Vaccination in Bombay 1902-1912 - 1902-1912
Year: 1902
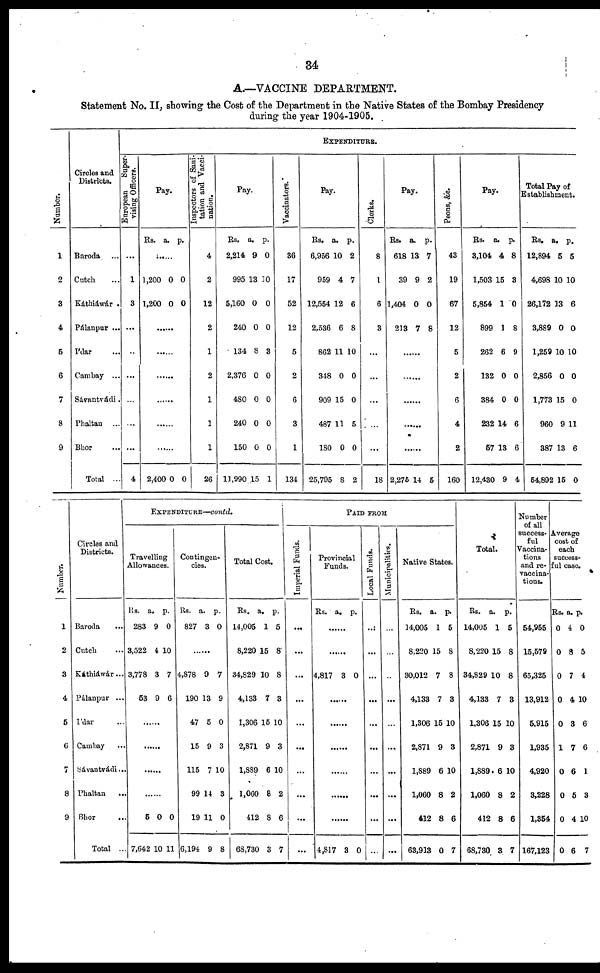
34
A.—VACCINE DEPARTMENT.
Statement No. II, showing the Cost of the Department in the Native States of the Bombay Presidency
during the year 1904-1905.
Number.
1
2
3
4
5
6
7
8
9
Circles and
Districts.
Baroda ...
Cutch ...
Káthiáwar .
Pálanpur ...
Ídar ...
Cambay ...
Sávantrádi.
Phaltan ...
Bhor ...
Total ...
EXPENDITURE.
European
Super-
vising Officers.
...
1
3
...
...
...
...
...
...
4
Pay.
Rs. a. p.
1,200
1,200
0
0
0
0
......
......
......
......
......
......
2,400 0
0
Inspectors of Sani-
tation and Vacci-
nation.
4
2
12
2
1
2
1
1
1
26
Pay.
Rs.
2,214
995
5,160
240
134
2,376
480
240
150
11,990
a.
9
13
0
0
8
0
0
0
0
15
p.
0
10
0
0
3
0
0
0
0
1
Vaccinators.
36
17
52
12
5
2
6
3
1
134
Pay.
Rs.
6,956
959
12,554
2,536
862
348
909
487
180
25,795
a.
10
4
12
6
11
0
15
11
0
8
p.
2
7
6
8
10
0
0
5
0
2
Clerks.
8
1
6
3
...
...
...
...
...
18
Pay.
Rs.
618
39
1,404
213
a.
13
9
0
7
p.
7
2
0
8
......
......
......
......
......
2,275 14 5
Peons, &c.
43
19
67
12
5
2
6
4
2
160
Pay.
Rs.
3,104
1,503
5,854
899
262
132
384
232
57
12,430
a.
4
15
1
1
6
0
0
14
13
9
p.
8
3
0
8
9
0
0
6
6
4
Total Pay of
Establishment.
Rs.
12,894
4,698
26,172
3,889
1,259
2,856
1,773
960
387
54,892
a.
5
10
13
0
10
0
15
9
13
15
p.
5
10
6
0
10
0
0
11
6
0
Number.
1
2
3
4
5
6
7
8
9
Circles and
Districts.
Baroda ...
Cutch ...
Káthiáwár ...
Pálanpur ...
Ídar ...
Cambay ...
Sávantvádi ...
Phaltan
...
Bhor ...
Total ..
EXPENDITURE—contd.
Travelling
Allowances.
Rs.
283
3,522
3,778
53
a.
9
4
3
9
p.
0
10
7
6
......
......
......
......
5
7,642
0
10
0
11
Contingen-
cies.
Rs.
827
a.
3
p.
0
......
4,878
190
47
15
115
99
19
6,194
9
13
5
9
7
14
11
9
7
9
0
3
10
3
0
8
Total Cost.
Rs.
14,005
8,220
34,829
4,133
1,306
2,871
1,889
1,060
412
68,730
a.
1
15
10
7
15
9
6
8
8
3
p.
5
8
8
3
10
3
10
2
6
7
PAID FROM
Imperial Funds.
...
...
...
...
...
...
...
...
...
...
Provincial
Funds.
Rs. a. p.
......
......
4,817 3 0
......
......
......
......
......
......
4,817 3 0
Local Funds.
...
...
...
...
...
...
...
...
...
...
Municipalities.
...
...
...
...
...
...
...
...
...
...
Native States.
Rs.
14,005
8,220
30,012
4,133
1,306
2,871
1,889
1,060
412
63,913
a.
1
15
7
7
15
9
6
8
8
0
p.
5
8
8
3
10
3
10
2
6
7
Total.
Rs.
14,005
8,220
34,829
4,133
1,306
2,871
1,889
1,060
412
68,730
a.
1
15
10
7
15
9
6
8
8
3
p.
5
8
8
3
10
3
10
2
6
7
Number
of all
success-
ful
Vaccina-
tions
and re-
vaccina-
tions.
54,955
15,579
65,325
13,912
5,915
1,935
4,920
3,228
1,354
167,123
Average
cost of
each
success-
ful case.
Rs.
0
0
0
0
0
1
0
0
0
0
a.
4
8
7
4
3
7
6
5
4
6
p.
0
5
4
10
6
6
1
3
10
7